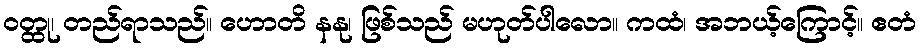
ဝတ္ထု၊ တည်ရာသည်။ ဟောတိ နနု၊ ဖြစ်သည် မဟုတ်ပါလော။ ကထံ၊ အဘယ့်ကြောင့်။ ဧတံ